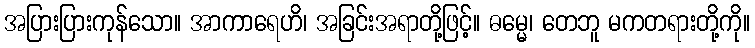
အပြားပြားကုန်သော။ အာကာရေဟိ၊ အခြင်းအရာတို့ဖြင့်။ ဓမ္မေ၊ တေဘူ မကတရားတို့ကို။